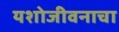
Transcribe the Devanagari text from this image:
यशोजीवनाचा